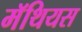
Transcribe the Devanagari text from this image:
मॅथियस